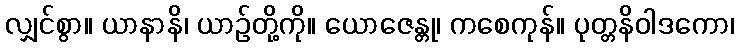
လျှင်စွာ။ ယာနာနိ၊ ယာဉ်တို့ကို။ ယောဇေန္တု၊ ကစေကုန်။ ပုတ္တနိဝါဒကော၊